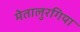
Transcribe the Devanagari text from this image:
मेतालुरगिया